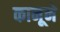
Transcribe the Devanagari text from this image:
कानूने